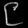
Digit: ၉